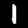
Digit: 1